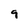
Character: 9